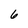
Character: 6